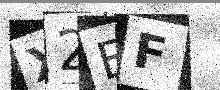
Text: X2EF